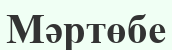
Мәртөбе